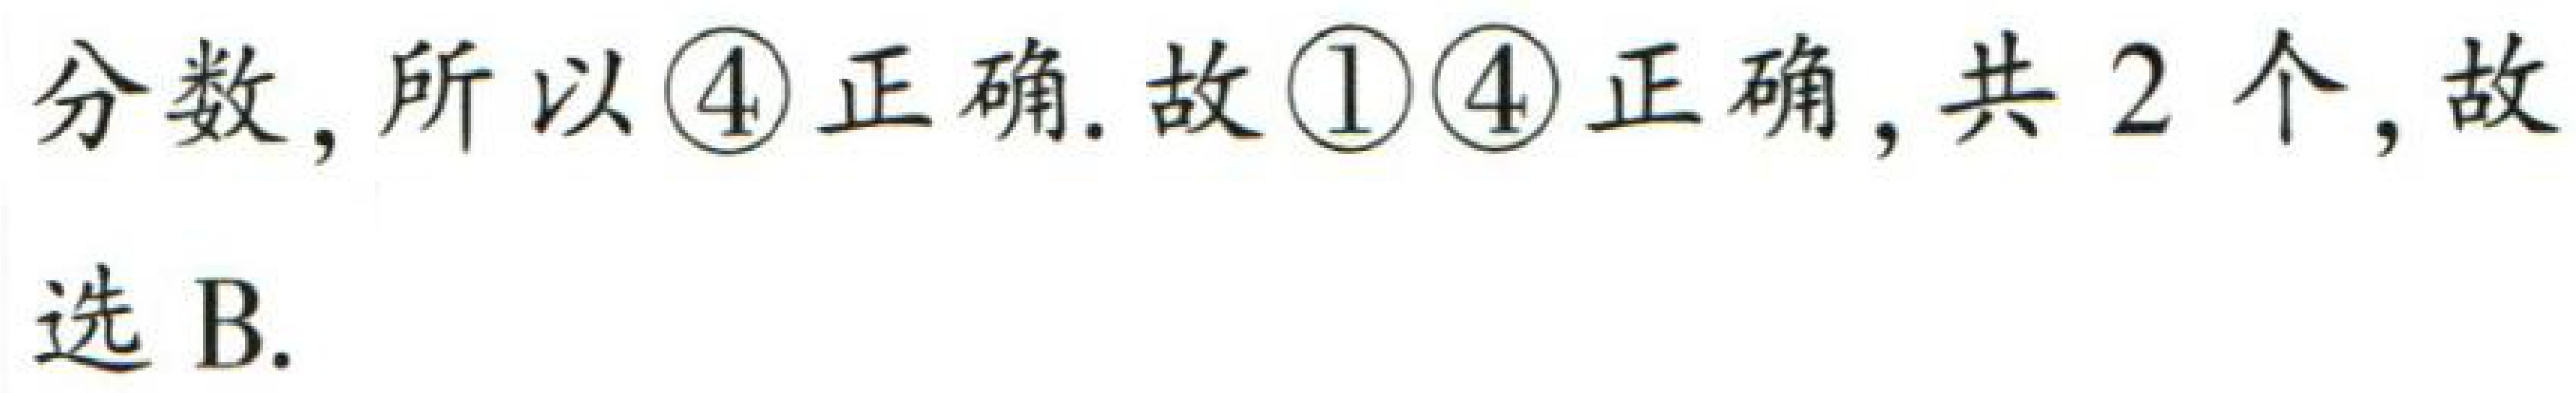
分数, 所以\textcircled{4}正确. 故\textcircled{1}\textcircled{4}正确, 共 2 个, 故选 B.